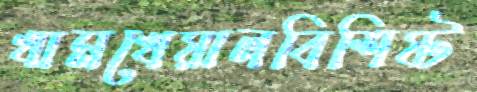
খামখেয়ালবিশিষ্ট